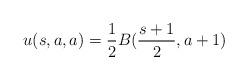
LaTeX: \begin{align*} u(s, a, a)=\frac12 B(\frac{s+1}{2}, a+1)\end{align*}